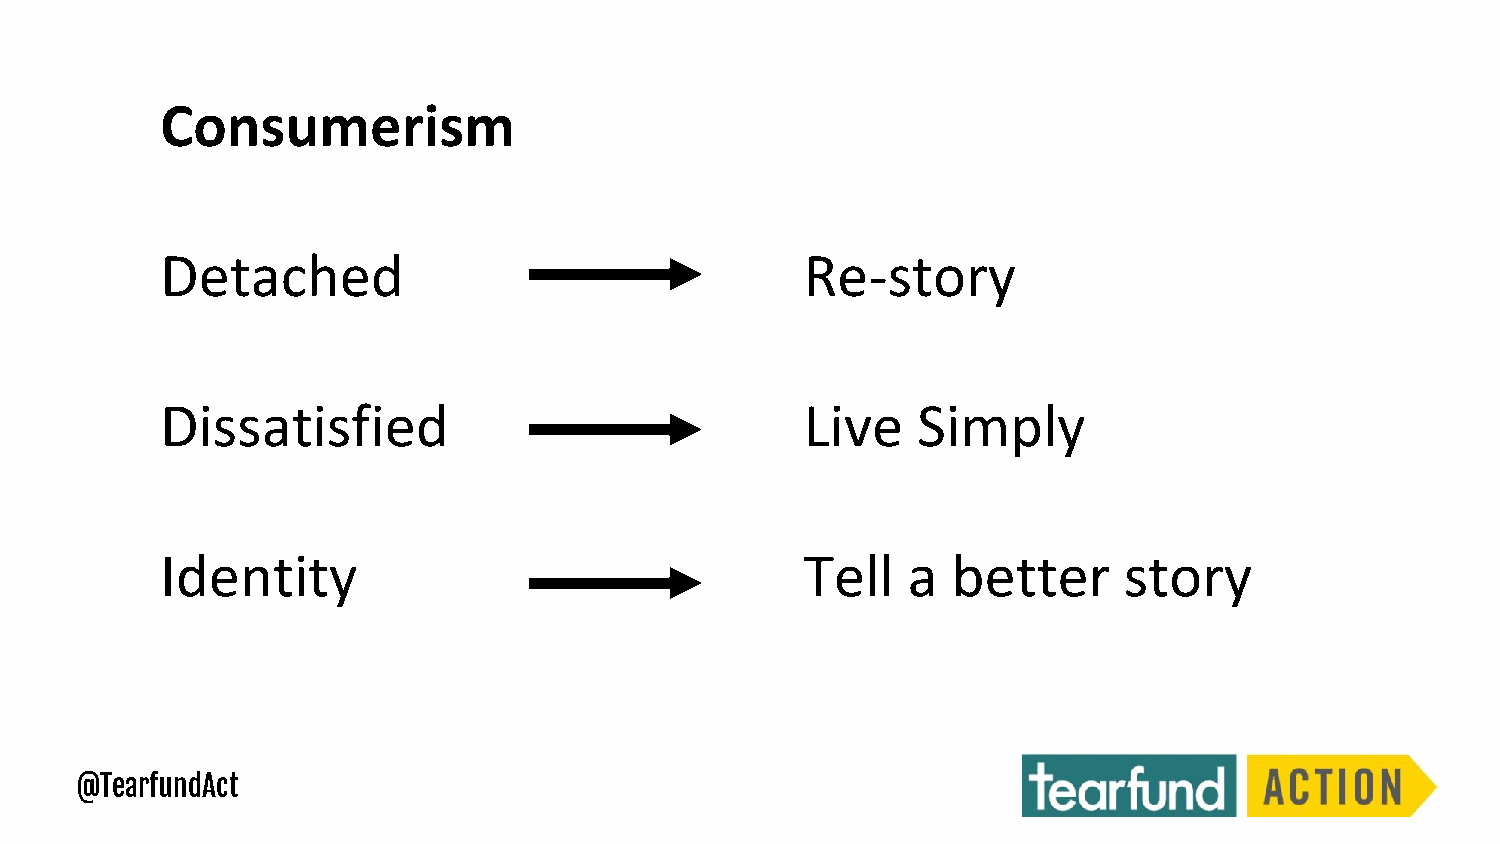
Consumerism
 Detached                                  Re-story
 Dissatisfied                              Live    Simply
 Identity                                  Tell   a  better     story
 @TearfundAct